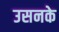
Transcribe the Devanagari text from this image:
उसनके